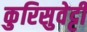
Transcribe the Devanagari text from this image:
कुरिसुवेट्टी